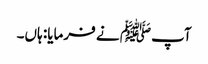
آپﷺ نے فرمایا: ہاں۔